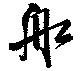
船